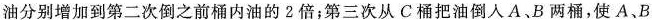
油分别增加到第二次倒之前桶内油的2倍；第三次从C桶把油倒人A、B两桶，使A、B